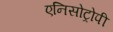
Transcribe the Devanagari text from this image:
एनिसोट्रोपी